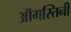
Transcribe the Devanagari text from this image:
ऑगस्तिनी